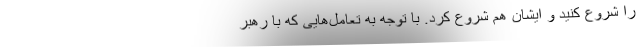
را شروع کنید و ایشان هم شروع کرد. با توجه به تعامل‌هایی که با رهبر